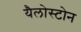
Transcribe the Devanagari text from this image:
यैलोस्टोन